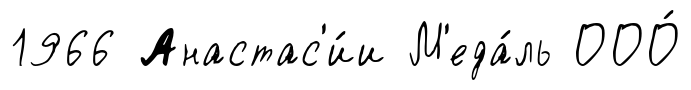
1966 Анастас'и́и М'еда́ль ООО́